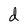
Character: d